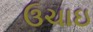
ઉચાઇ